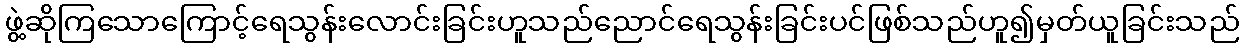
ဖွဲ့ဆိုကြသောကြောင့်ရေသွန်းလောင်းခြင်းဟူသည်ညောင်ရေသွန်းခြင်းပင်ဖြစ်သည်ဟူ၍မှတ်ယူခြင်းသည်